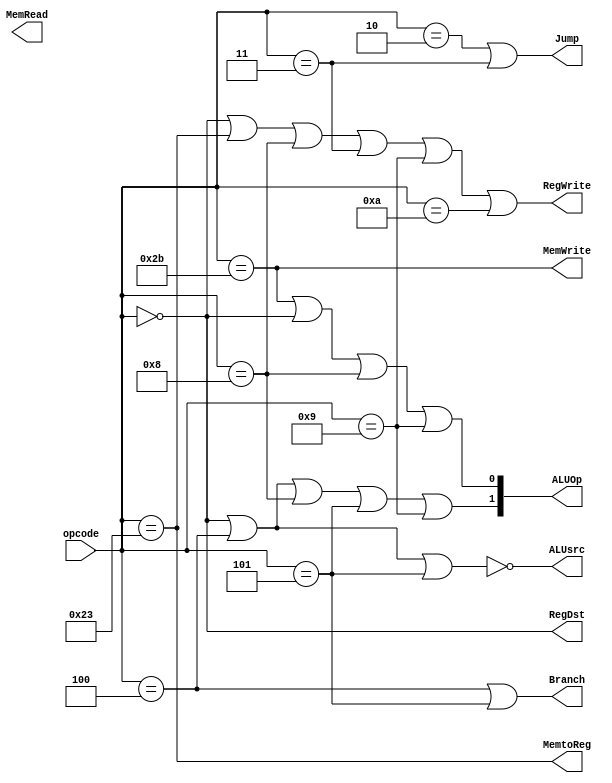
`timescale 1ns / 1ps

module Control(opcode,RegDst,Jump,Branch,MemRead,MemtoReg,ALUOp,MemWrite,ALUsrc,RegWrite);
input [5:0]opcode;
//input [5:0]funct;
output RegDst;//0rt1rd
output Jump;
output Branch;//1
output MemRead;
output MemtoReg;//1,0ALU
output [1:0]ALUOp;
output MemWrite;//
output ALUsrc;//01
output RegWrite;//
parameter BEQ_op=6'b000100;
parameter BNE_op=6'b000101;
parameter ADDI_op=6'b001000;
parameter R_format_op=6'b000000;
parameter ADD_funct=6'b100000;
parameter SUB_funct=6'b100010;
parameter LW_op=6'b100011;
parameter SW_op=6'b101011;
parameter J_op=6'b000010;
parameter lw_op=2'b00; 
parameter sw_op=2'b01; 
parameter beq_op=2'b10; 
parameter R_op=2'b11; 
parameter ADDIU_op=6'b001001;
parameter JAL_op=6'b000011;
parameter SLTI_op=6'b001010;
assign  RegDst= opcode==R_format_op;
assign Branch= (opcode==BEQ_op||opcode==BNE_op);
assign  MemtoReg= opcode==LW_op;
assign MemWrite= opcode==SW_op;
assign ALUsrc=~(opcode==R_format_op||opcode==BEQ_op||opcode==BNE_op);
assign RegWrite=(opcode==R_format_op)||opcode==LW_op||opcode==ADDI_op||opcode==JAL_op||opcode==ADDIU_op||opcode==SLTI_op;
assign ALUOp[0]= (opcode==SW_op) || (opcode==R_format_op)||(opcode==ADDI_op)||(opcode==ADDIU_op);
assign ALUOp[1]= (opcode==BEQ_op) || (opcode==R_format_op)||(opcode==ADDI_op)||(opcode==BNE_op)||(opcode==ADDIU_op);
assign Jump= opcode==J_op||opcode==JAL_op;
endmodule